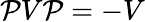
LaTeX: \mathcal PV\mathcal P=-V